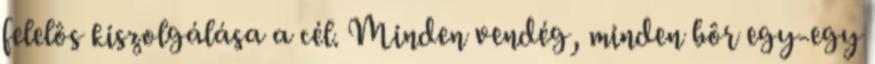
felelôs kiszolgálása a cél. Minden vendég, minden bôr egy-egy